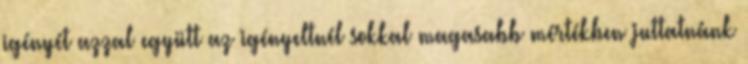
igényét azzal együtt az igényeltnél sokkal magasabb mértékben juttatnánk